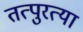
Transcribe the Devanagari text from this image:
तत्पुरत्या